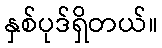
နှစ်ပုဒ်ရှိတယ်။